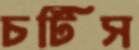
চটিস